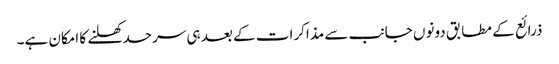
ذرائع کے مطابق دونوں جانب سے مذاکرات کے بعد ہی سرحد کھلنے کا امکان ہے۔